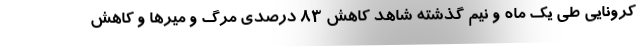
کرونایی طی یک ماه و نیم گذشته شاهد کاهش 83 درصدی مرگ و میرها و کاهش